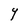
Character: Y